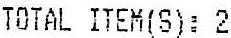
TOTAL ITEM(S): 2